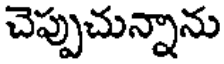
చెప్పుచున్నాను